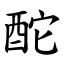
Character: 酡